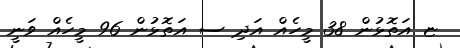
ޏ އަތޮޅުން 38 މީހެއް އަދި ސ އަތޮޅުން 96 މީހެއް ވަނީ